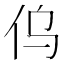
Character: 𠆿